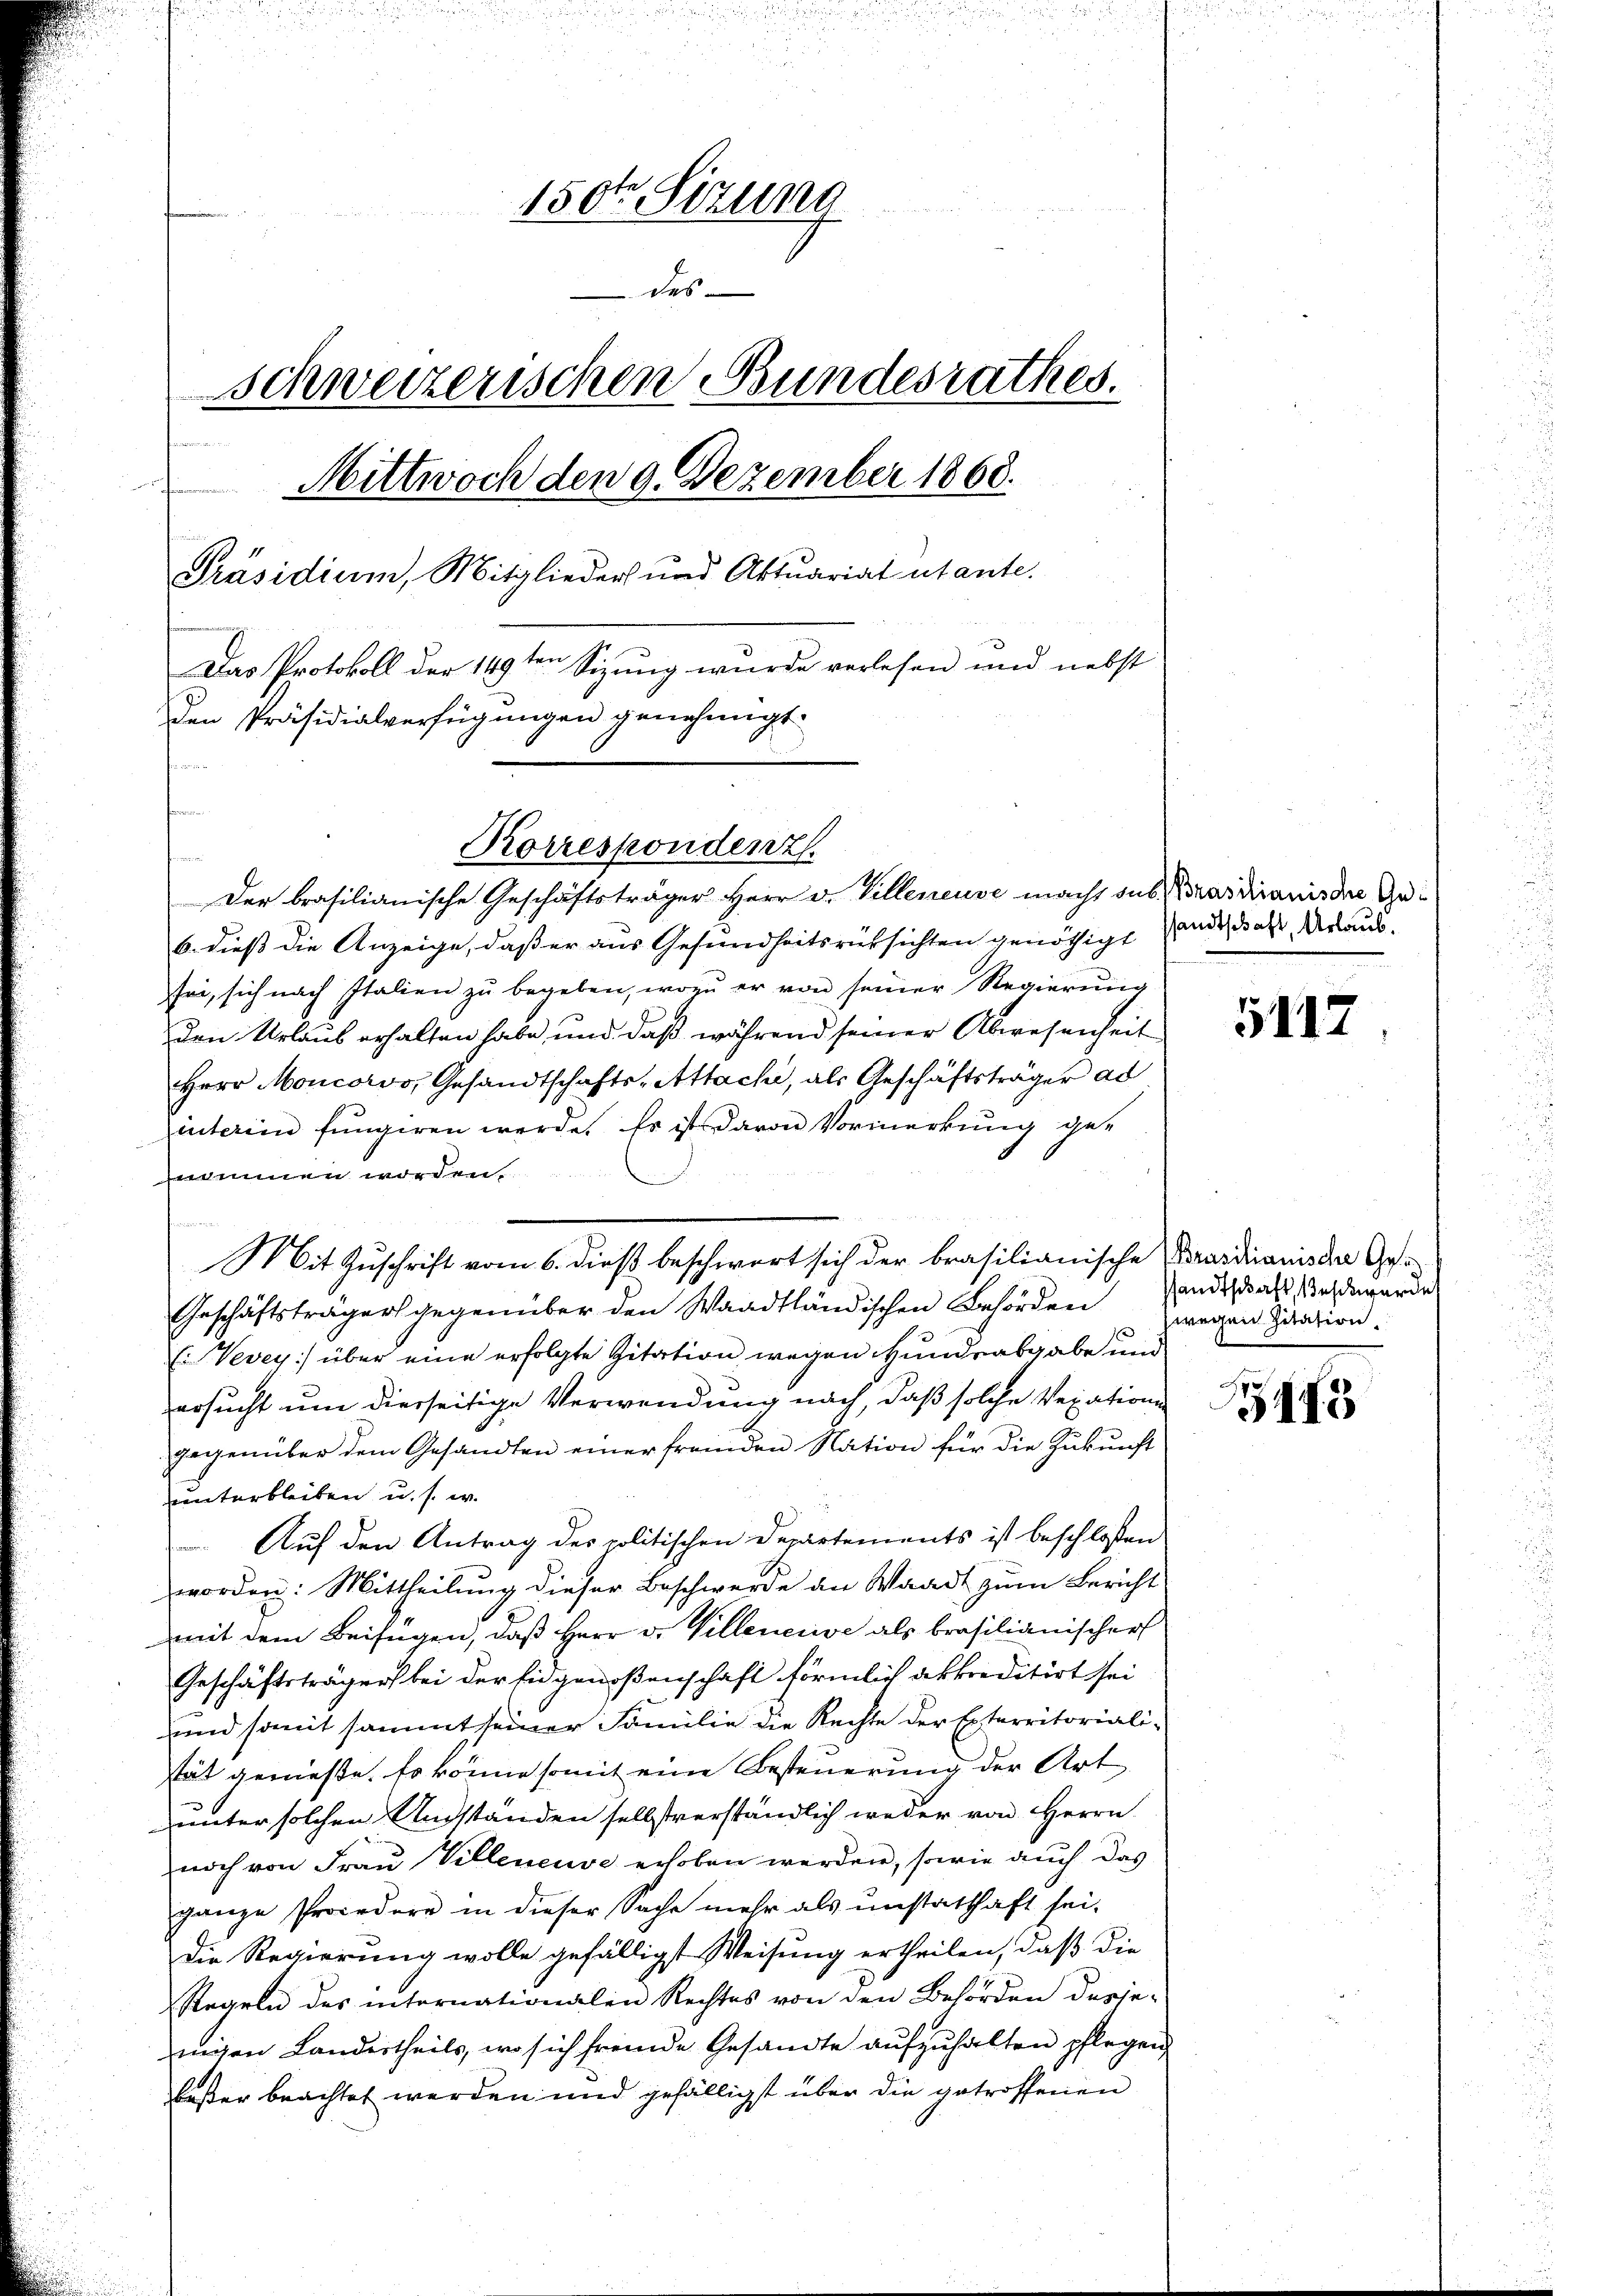
150te Sitzung

des
schweizerischen Bundesrathes.
Mittwoch den 9. Dezember 1868.
Präsidium, Mitglieder und Aktuariat utante.
Das Protokoll der 149ten Sizung wurde verlesen und nebst
den Präsidialverfügungen genehmigt.
in der die in

fnamen

Korrespondenz.

Mit Zuschrift vom 6. dieß beschwort sich der brasilianische

t
Der brasilianische Geschäftsträger Herr v. Villeneuve macht sub Pradicanis die Ge¬
6. dieß die Anzeige, daß er aus Gesundheitsrücksichten genöthigt
sei, sich nach Italien zŭ begeben, wozu er von seiner Regierŭng
den Urlaub erhalten habe, und daß während seiner Abwesenheit
Herr Moncorso Gesandtschafts-Attachi, als Geschäftsträger ad
interim fungiren werde. Es ist davon Vormerkung genommen worden.
Geschäftsträgers gegenüber den Waadtländischen Behörden
E Vevey) über eine erfolgte Zitation wegen Hundsabgabe und
ersucht um diesseitige Verwendung nach, daß solche Vexationen
gegenüber dem Gesandten einer fremden Nation für die Zukunft
unterbleiben u. s. w.
 Auf den Antrag des politischen Departements ist beschloßen
worden: Mittheilung dieser Beschwerde an Waadt zum Bericht
mit dem Beifügen, daß Herr v. Villeneuve als brasilianischer
Geschäftsträger bei der Eidgenoßenschaft förmlich akkreditirt sei
und somit sammt seiner Familie die Rechte der Exterritoriali-
stät genieße. Es könne somit eine Besteuerung der Art
unter solchen Unstanden selbstverständlich weder von Herrn
noch von Frau Villeneuve erhoben werden, sowie auch das
ganze Procedere in dieser Sache mehr als unstatthaft sei.
Die Regierung wolle gefälligt Weisung ertheilen, daß die
Regeln des internationalen Rechtes von den Behörden desje-
nigen Landertheils, wo sich fremde Gesandte aufzuhalten pflegen
besser beachtet werden und gefälligst über die getroffenen

sandtschaft, Urlaub.

5117

Prasilianische Gesandtschaft, es werde
wegen Zitation,

3183